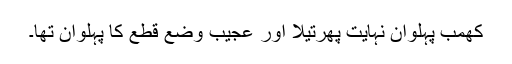
کھمب پہلوان نہایت پھرتیلا اور عجیب وضع قطع کا پہلوان تھا۔